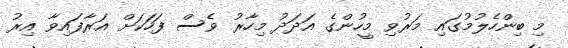
މި ބިންހެލުމުގައި މަރުވި މީހުންގެ އަދަދު މިހާރު ވެސް ފަހަކަށް އަރާފައިވާ އިރު